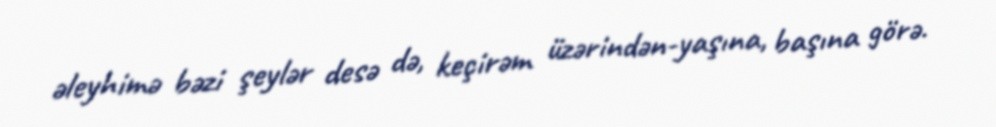
əleyhimə bəzi şeylər desə də, keçirəm üzərindən-yaşına, başına görə.